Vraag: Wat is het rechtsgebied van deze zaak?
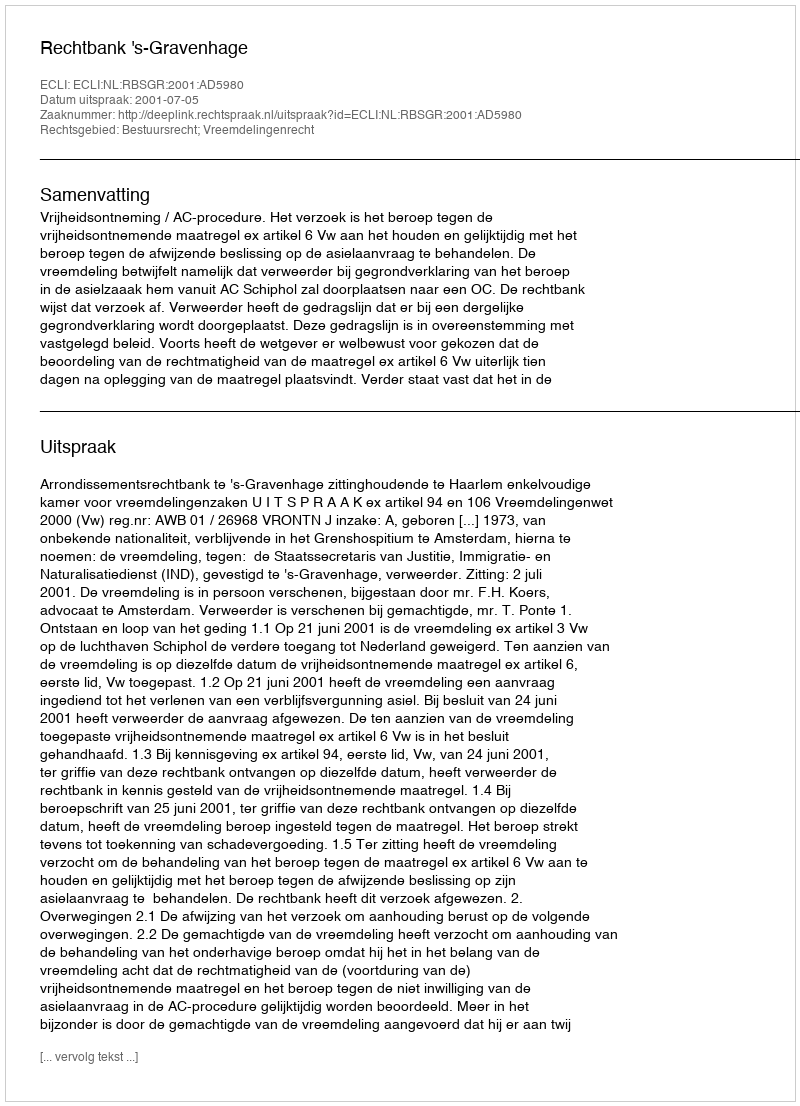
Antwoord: Bestuursrecht; Vreemdelingenrecht